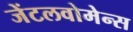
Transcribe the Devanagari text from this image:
जेंटलवोमेन्स